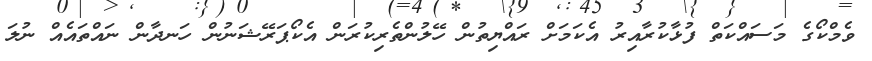
ވެމްކޯގެ މަސައްކަތް ފުޅާކުރާއިރު އެކަމަށް ރައްޔިތުން ހޭލުންތެރިކުރަން އެކޯޕަރޭޝަނުން ހަނދާން ނައްތައެއް ނުލަ